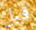
قبل